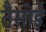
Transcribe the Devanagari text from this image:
तैसोई